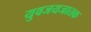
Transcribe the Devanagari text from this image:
युवजयजातक